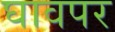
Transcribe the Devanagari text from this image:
घावपर